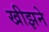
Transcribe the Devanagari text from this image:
खीझने